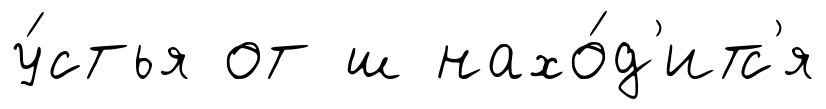
у́стья от ш нахо́д'итс'я